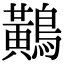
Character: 鷬